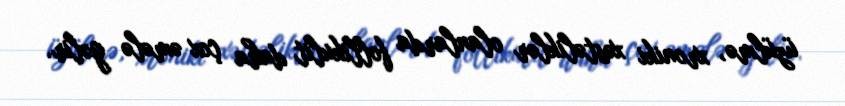
üzülmə, xroniki xəstəliklər olanlarda follikulit daha çox əmələ gəlir.